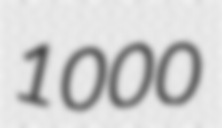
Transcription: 1000